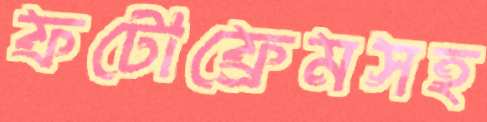
ফটোফ্রেমসহ